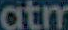
atm